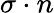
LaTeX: \sigma\cdot n